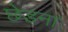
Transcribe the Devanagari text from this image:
छेडना